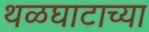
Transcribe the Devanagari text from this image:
थळघाटाच्या